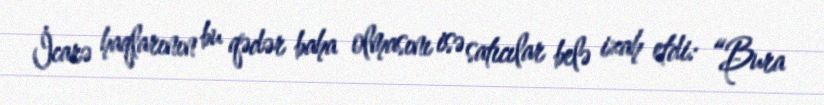
İcarə haqlarının bu qədər baha olmasını isə satıcılar belə izah etdi: “Bura